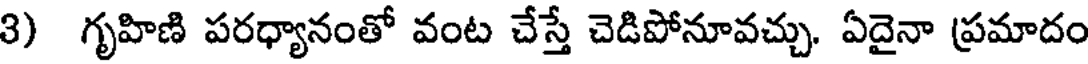
3) గృహిణి పరధ్యానంతో వంట చేస్తే చెడిపోనూవచ్చు. ఏదైనా ప్రమాదం